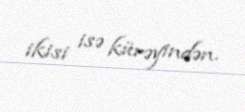
ikisi isə kürəyindən.